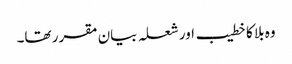
وہ بلا کا خطیب اور شعلہ بیان مقرر تھا۔